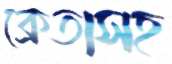
ক্রেতাসহ